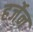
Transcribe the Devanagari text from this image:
हर्जेन